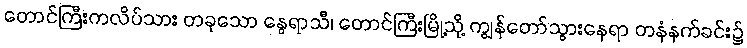
တောင်ကြီးကလိပ်သား တခုသော နွေရာသီ၊ တောင်ကြီးမြို့သို့ ကျွန်တော်သွားနေရာ တနံနက်ခင်း၌